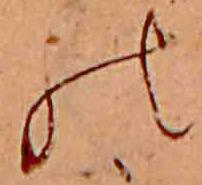
の